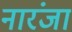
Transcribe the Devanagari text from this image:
नारंजा